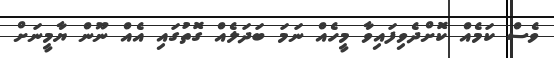
ވެސް ކަމެއް ކޮށްދެވިފައިވާ މީހެއް ނަމަ ބަދަލެއް ގޮތުގައި އެއް ނޫން ޔާމީނަށް